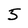
Character: 5